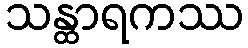
သန္ထာရကဿ